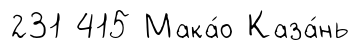
231 415 Мака́о Каза́нь